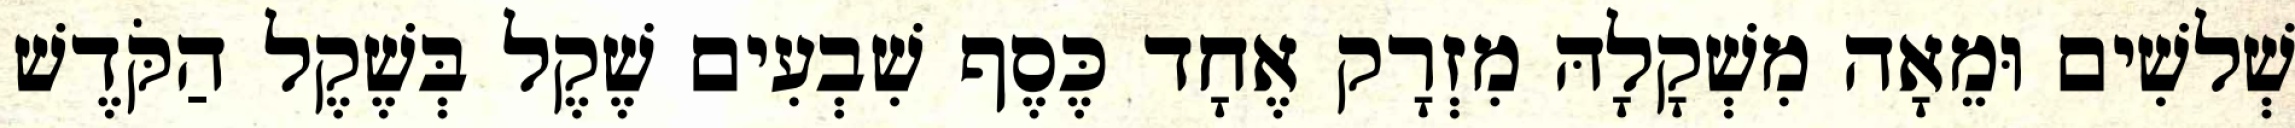
שְׁלשִׁים וּמֵאָה מִשְׁקָלָהּ מִזְרָק אֶחָד כֶּסֶף שִׁבְעִים שֶׁקֶל בְּשֶׁקֶל הַקֹּדֶשׁ